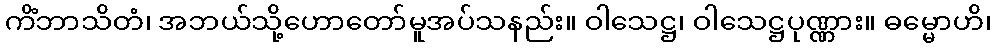
ကိံဘာသိတံ၊ အဘယ်သို့ဟောတော်မူအပ်သနည်း။ ဝါသေဋ္ဌ၊ ဝါသေဋ္ဌပုဏ္ဏား။ ဓမ္မောဟိ၊